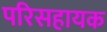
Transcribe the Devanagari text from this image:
परिसहायक